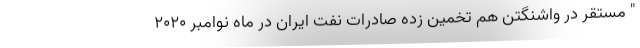
" مستقر در واشنگتن هم تخمین زده صادرات نفت ایران در ماه نوامبر 2020